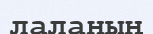
лаланың